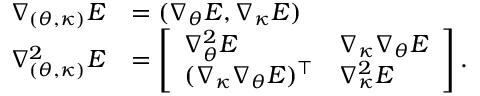
\begin{array} { r l } { \nabla _ { ( { \boldsymbol { \theta } } , { \boldsymbol { \kappa } } ) } E } & { = ( \nabla _ { { \boldsymbol { \theta } } } E , \nabla _ { { \boldsymbol { \kappa } } } E ) } \\ { \nabla _ { ( { \boldsymbol { \theta } } , { \boldsymbol { \kappa } } ) } ^ { 2 } E } & { = \left[ \begin{array} { l l } { \nabla _ { { \boldsymbol { \theta } } } ^ { 2 } E } & { \nabla _ { { \boldsymbol { \kappa } } } \nabla _ { { \boldsymbol { \theta } } } E } \\ { ( \nabla _ { { \boldsymbol { \kappa } } } \nabla _ { { \boldsymbol { \theta } } } E ) ^ { \intercal } } & { \nabla _ { { \boldsymbol { \kappa } } } ^ { 2 } E } \end{array} \right] . } \end{array}